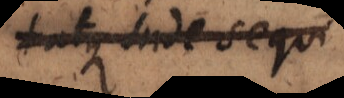
atque inde sequi